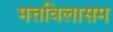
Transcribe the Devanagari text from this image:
मत्तविलासम